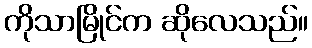
ကိုသာမြိုင်က ဆိုလေသည်။